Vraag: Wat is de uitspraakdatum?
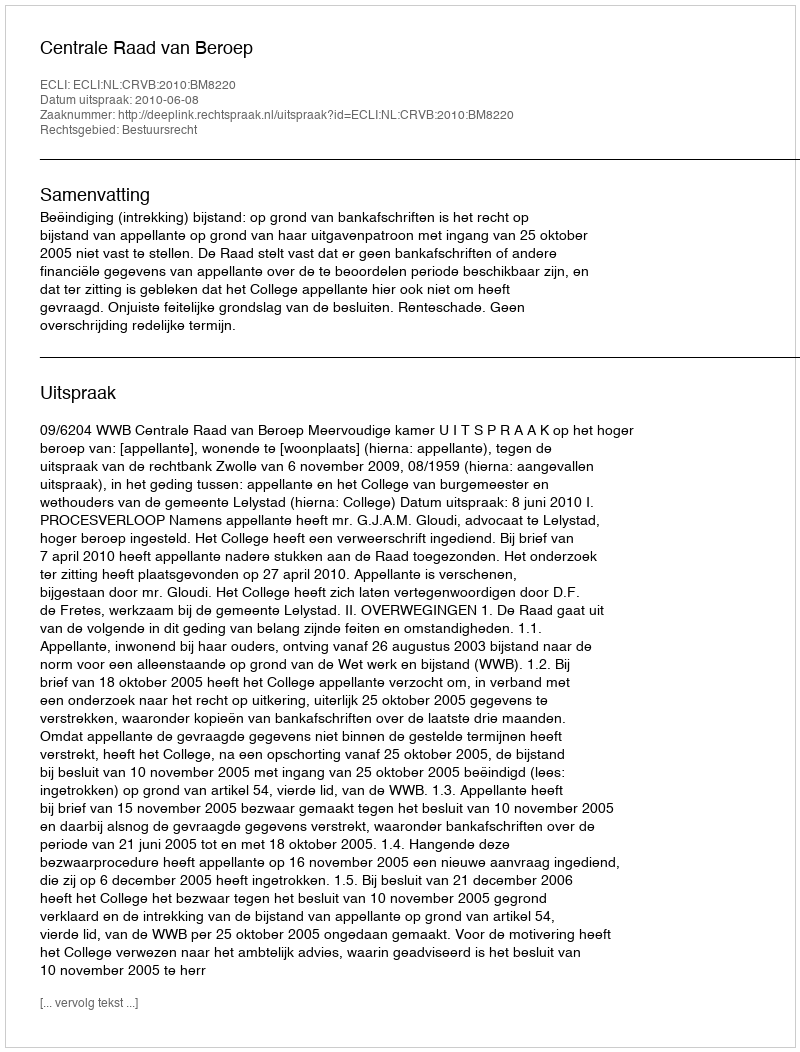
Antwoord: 2010-06-08